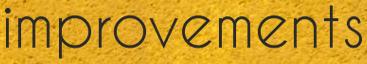
improvements